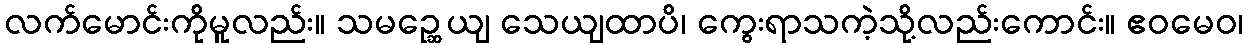
လက်မောင်းကိုမူလည်း။ သမဉ္ဆေယျ သေယျထာပိ၊ ကွေးရာသကဲ့သို့လည်းကောင်း။ ဧဝမေဝ၊